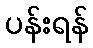
ပန်းရန်